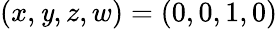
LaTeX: (x,\mathit{y},z,w)=(0,0,1,0)